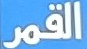
القمر